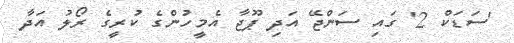
'ސަޑަކް 2' ގައި ސަންޖޭ އަދި ޕޫޖާ އެމީހުންގެ ކުރީގެ ރޯލު އަދާ